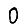
Digit: 0